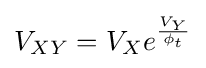
V_{XY}=V_{X}e^{\frac {V_{Y}}{\phi _{t}}}